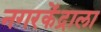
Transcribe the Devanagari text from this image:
नगरकेंद्राला